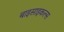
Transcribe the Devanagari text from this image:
बाइसाइकल्स